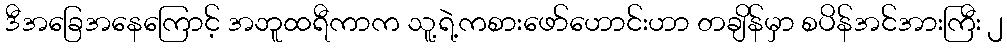
ဒီအခြေအနေကြောင့် အဘူထရီကာက သူ့ရဲ့ကစားဖော်ဟောင်းဟာ တချိန်မှာ စပိန်အင်အားကြီး ၂